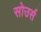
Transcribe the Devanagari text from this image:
सोउर्स